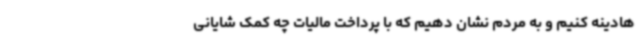
هادینه کنیم و به مردم نشان دهیم که با پرداخت مالیات چه کمک شایانی